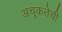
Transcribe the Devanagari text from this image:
अचूकतेची